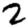
Digit: 2